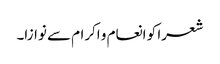
شعرا کو انعام و اکرام سے نوازا۔